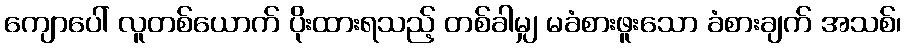
ကျောပေါ် လူတစ်ယောက် ပိုးထားရသည့် တစ်ခါမျှ မခံစားဖူးသော ခံစားချက် အသစ်၊